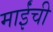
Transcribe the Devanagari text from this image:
माईंची